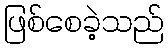
ဖြစ်စေခဲ့သည်